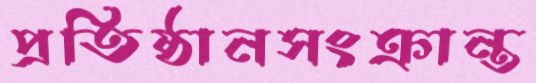
প্রতিষ্ঠানসংক্রান্ত